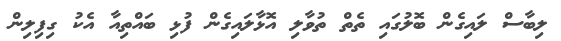
ލިބާސް ލައިގެން ބޮލުގައި ތެތް ތުވާލި އޮޅާލައިގެން ފުޅި ބައްތިއާ އެކު ގިފިލިން